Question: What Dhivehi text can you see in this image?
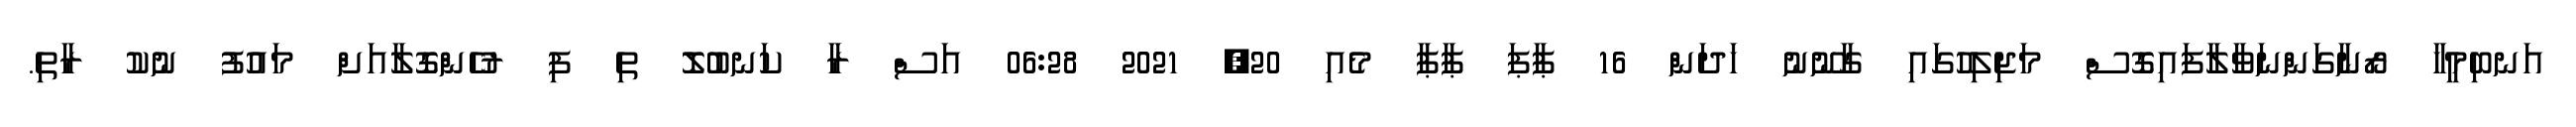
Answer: އަނބިމީހާ ރޯނާގަންނަވާލާފައިގޮސް މަޖިލިހުގައި ގާނޫނު ހަދަން 16 ޕާޕަ ޕާޕާ މެއި 20, 2021 06:28 އަސް ރާ ކަނބުލޮ ތި ފި ރުހެންގޮލާއަށް މައުފު ނުކު ރާތި.